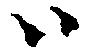
ハ